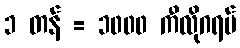
၁ တန် = ၁၀၀၀ ကီလိုဂရမ်